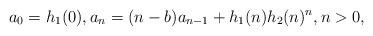
LaTeX: \begin{align*}a_0=h_1(0), a_n = (n-b)a_{n-1} + h_1(n)h_2(n)^n, n>0,\end{align*}